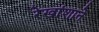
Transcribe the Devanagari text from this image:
रेखांशाने